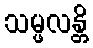
သမ္ဖလန္တိ